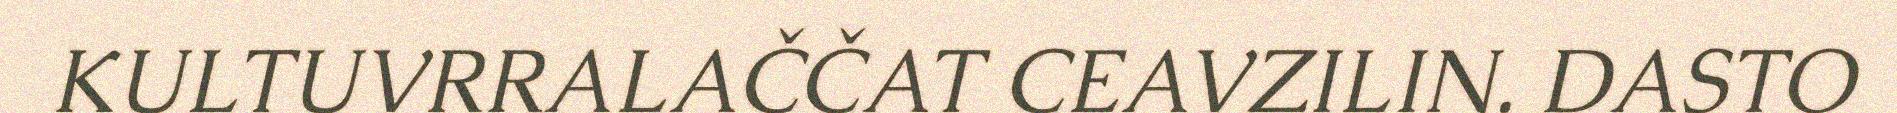
KULTUVRRALAČČAT CEAVZILIN. DASTO